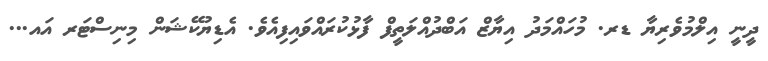
ދީނީ އިލްމުވެރިޔާ ޑރ. މުހައްމަދު އިޔާޒް އަބްދުއްލަތީފް ފާޅުކުރައްވައިފިއެވެ. އެޑިޔުކޭޝަން މިނިސްޓަރ އައ...